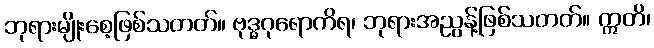
ဘုရားမျိုးစေ့ဖြစ်သတတ်။ ဗုဒ္ဓဂုရောကိရ၊ ဘုရားအညွန့်ဖြစ်သတတ်။ ဣတိ၊